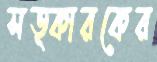
সত্কারকের